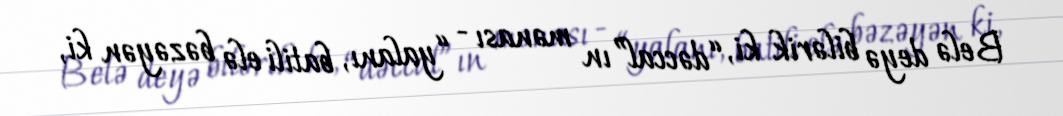
Belə deyə bilərik ki, “dəccal”ın mənası - “yalanı, batili elə bəzəyən ki,